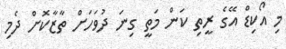
މި އޯކިޑް އޭގެ ރީތި ކަން މަތީ ގިނަ ދުވަހަށް ތާޒާކޮށް ދެމި